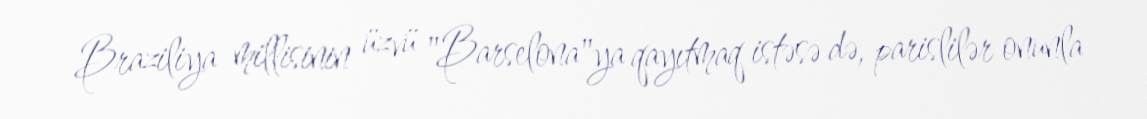
Braziliya millisinin üzvü "Barselona"ya qayıtmaq istəsə də, parislilər onunla